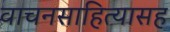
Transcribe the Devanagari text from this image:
वाचनसाहित्यासह